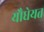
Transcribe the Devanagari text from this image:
यौधेयत